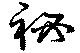
秘